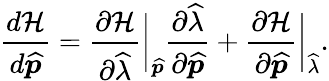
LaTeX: \frac{d\mathcal{H}}{d\widehat{\boldsymbol{p}}}=\frac{\partial\mathcal{H}}{\partial\widehat{\lambda}}\bigg\lvert_{\widehat{\boldsymbol{p}}}\frac{\partial\widehat{\lambda}}{\partial\widehat{\boldsymbol{p}}}+\frac{\partial\mathcal{H}}{\partial\widehat{\boldsymbol{p}}}\bigg\lvert_{\widehat{\lambda}}.